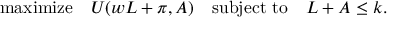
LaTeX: { \mathrm { m a x i m i z e } } \quad U ( w L + \pi , A ) \quad { \mathrm { s u b j e c t ~ t o } } \quad L + A \leq k .